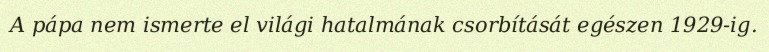
A pápa nem ismerte el világi hatalmának csorbítását egészen 1929-ig.